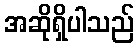
အဆိုရှိပါသည်